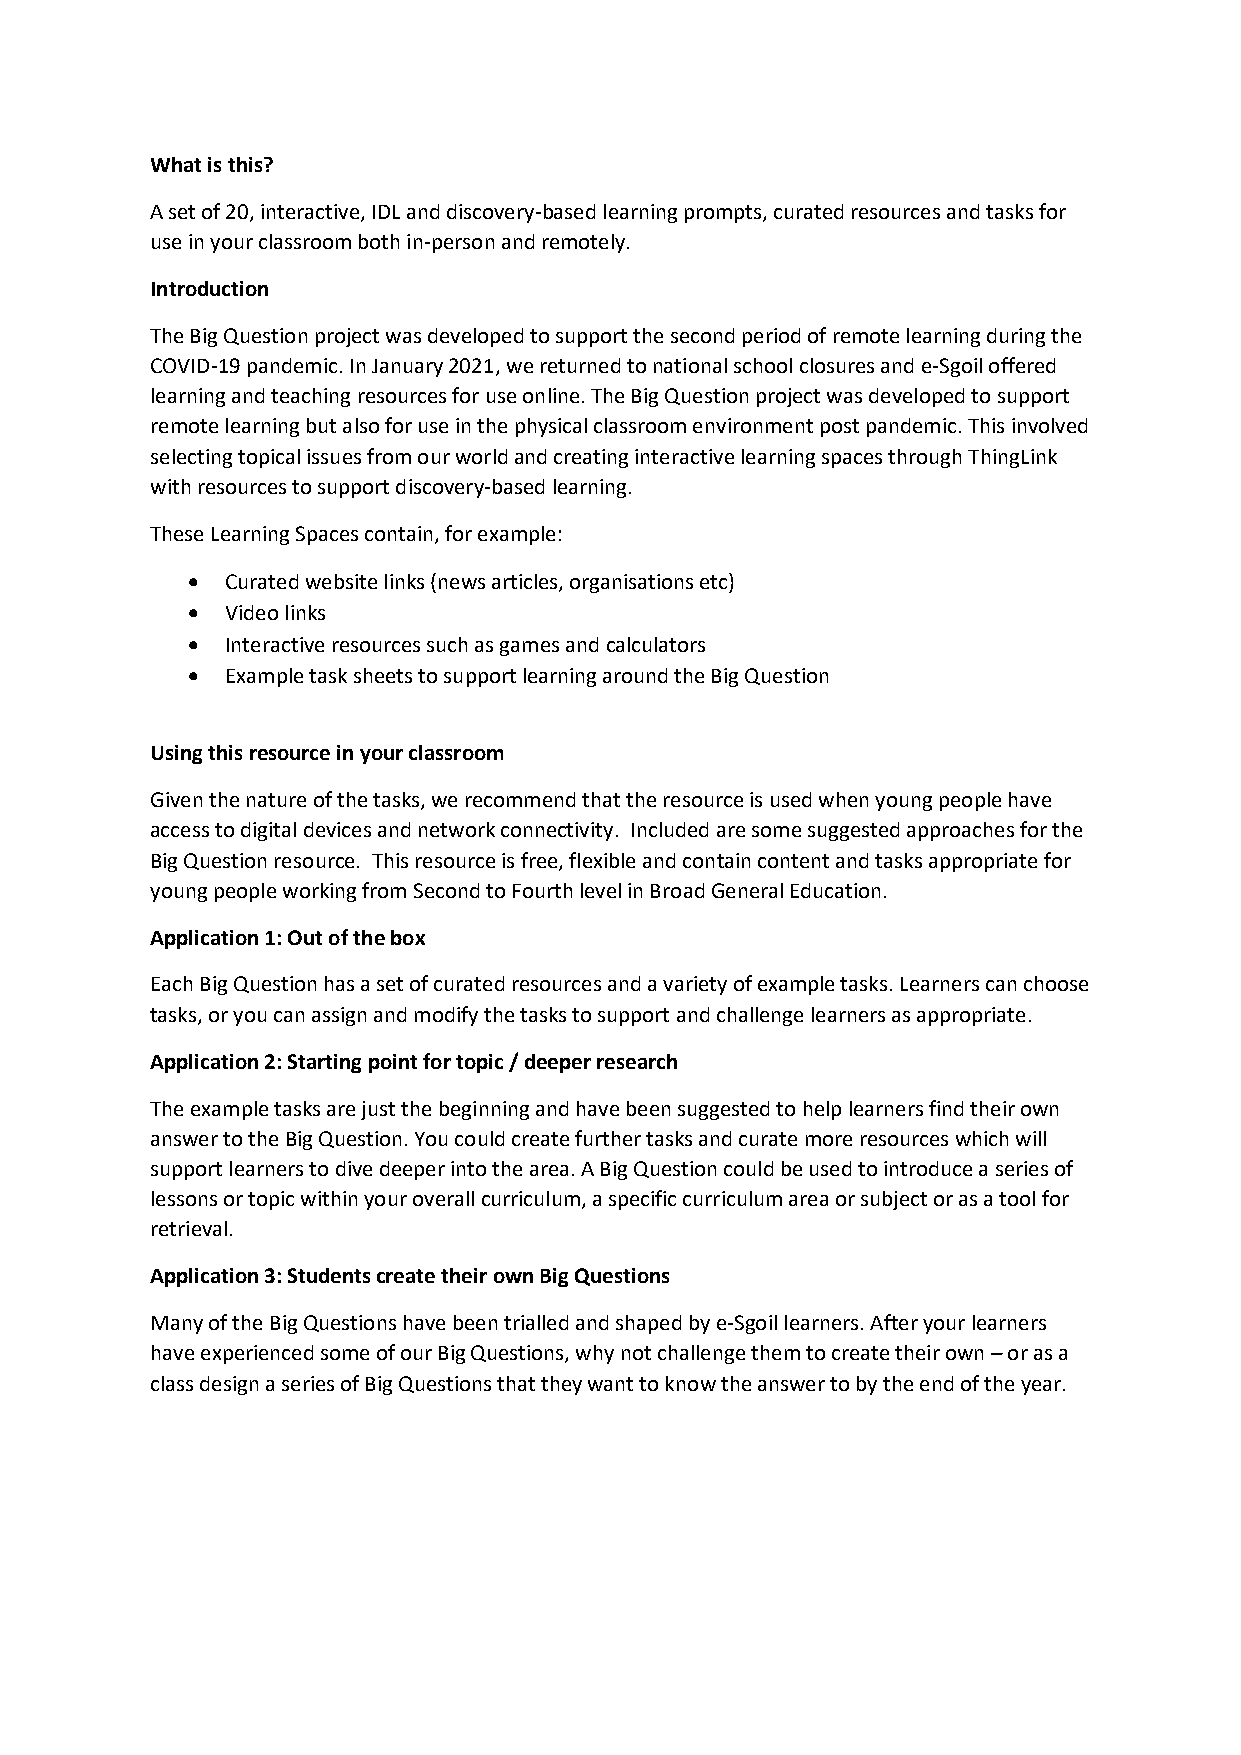
What is this?
 A set of 20, interactive, IDL and discovery-based learning prompts, curated resources and tasks for
 use in your classroom both in-person and remotely.
 Introduction
 The Big Question project was developed to support the second period of remote learning during the
 COVID-19 pandemic. In January 2021, we returned to national school closures and e-Sgoil offered
 learning and teaching resources for use online. The Big Question project was developed to support
 remote learning but also for use in the physical classroom environment post pandemic. This involved
 selecting topical issues from our world and creating interactive learning spaces through ThingLink
 with resources to support discovery-based learning.
 These Learning Spaces contain, for example:
 •  Curated website links (news articles, organisations etc)
 •  Video links
 •  Interactive resources such as games and calculators
 •  Example task sheets to support learning around the Big Question
 Using this resource in your classroom
 Given the nature of the tasks, we recommend that the resource is used when young people have
 access to digital devices and network connectivity. Included are some suggested approaches for the
 Big Question resource. This resource is free, flexible and contain content and tasks appropriate for
 young people working from Second to Fourth level in Broad General Education.
 Application 1: Out of the box
 Each Big Question has a set of curated resources and a variety of example tasks. Learners can choose
 tasks, or you can assign and modify the tasks to support and challenge learners as appropriate.
 Application 2: Starting point for topic / deeper research
 The example tasks are just the beginning and have been suggested to help learners find their own
 answer to the Big Question. You could create further tasks and curate more resources which will
 support learners to dive deeper into the area. A Big Question could be used to introduce a series of
 lessons or topic within your overall curriculum, a specific curriculum area or subject or as a tool for
 retrieval.
 Application 3: Students create their own Big Questions
 Many of the Big Questions have been trialled and shaped by e-Sgoil learners. After your learners
 have experienced some of our Big Questions, why not challenge them to create their own – or as a
 class design a series of Big Questions that they want to know the answer to by the end of the year.